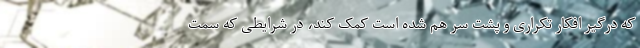
که درگیر افکار تکراری و پشت سر هم شده است کمک کند، در شرایطی که سمت